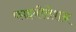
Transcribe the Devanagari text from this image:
फाइब्रीलेशन